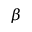
\beta